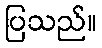
ပြသည်။